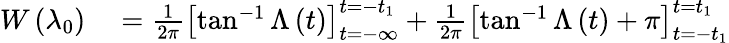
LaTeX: \begin{array}{rl}{W\left(\lambda_{0}\right)}&{{}=\frac{1}{2\pi}\left[\tan^{-1}\Lambda\left(t\right)\right]_{t=-\infty}^{t=-t_{1}}+\frac{1}{2\pi}\left[\tan^{-1}\Lambda\left(t\right)+\pi\right]_{t=-t_{1}}^{t=t_{1}}}\end{array}